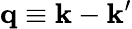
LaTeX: {\mathbf q}\equiv{\mathbf k}-{\mathbf k}^{\prime}